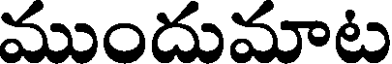
ముందుమాట